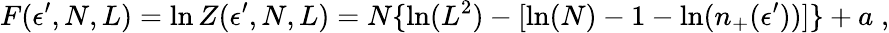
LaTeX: F(\epsilon^{\prime},N,L)=\ln Z(\epsilon^{\prime},N,L)=N\{ \ln(L^{2})-[\ln(N)-1-\ln(n_{+}(\epsilon^{\prime}))]\} +a\; ,